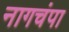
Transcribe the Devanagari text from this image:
नागचंपा